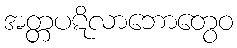
အတ္တပဋိလာဘောတွေဝ